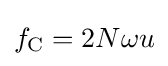
f_{\mathrm {C} }=2N{\omega }u